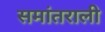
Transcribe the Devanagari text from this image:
समांतराली